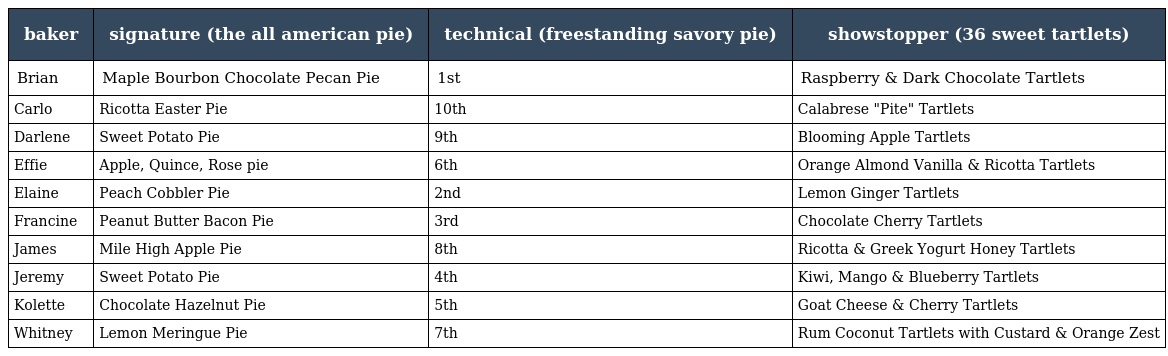
| baker | signature (the all american pie) | technical (freestanding savory pie) | showstopper (36 sweet tartlets) |
 | --- | --- | --- | --- |
 | Brian | Maple Bourbon Chocolate Pecan Pie | 1st | Raspberry & Dark Chocolate Tartlets |
 | Carlo | Ricotta Easter Pie | 10th | Calabrese "Pite" Tartlets |
 | Darlene | Sweet Potato Pie | 9th | Blooming Apple Tartlets |
 | Effie | Apple, Quince, Rose pie | 6th | Orange Almond Vanilla & Ricotta Tartlets |
 | Elaine | Peach Cobbler Pie | 2nd | Lemon Ginger Tartlets |
 | Francine | Peanut Butter Bacon Pie | 3rd | Chocolate Cherry Tartlets |
 | James | Mile High Apple Pie | 8th | Ricotta & Greek Yogurt Honey Tartlets |
 | Jeremy | Sweet Potato Pie | 4th | Kiwi, Mango & Blueberry Tartlets |
 | Kolette | Chocolate Hazelnut Pie | 5th | Goat Cheese & Cherry Tartlets |
 | Whitney | Lemon Meringue Pie | 7th | Rum Coconut Tartlets with Custard & Orange Zest |